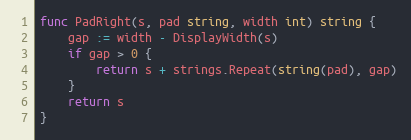
Language: Go
func PadRight(s, pad string, width int) string {
	gap := width - DisplayWidth(s)
	if gap > 0 {
		return s + strings.Repeat(string(pad), gap)
	}
	return s
}